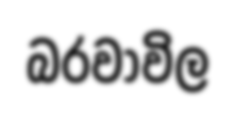
බරවාවිල